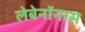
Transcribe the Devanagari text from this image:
लेबेनॉनास